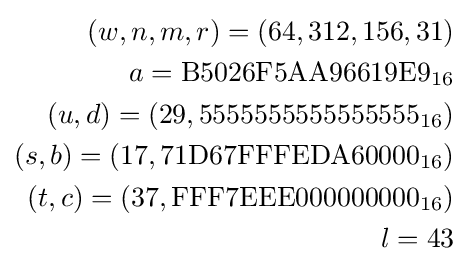
{\begin{aligned}(w,n,m,r)=(64,312,156,31)\\a={\textrm {B5026F5AA96619E9}}_{16}\\(u,d)=(29,{\textrm {5555555555555555}}_{16})\\(s,b)=(17,{\textrm {71D67FFFEDA60000}}_{16})\\(t,c)=(37,{\textrm {FFF7EEE000000000}}_{16})\\l=43\\\end{aligned}}